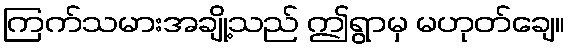
ကြက်သမားအချို့သည် ဤရွာမှ မဟုတ်ချေ။